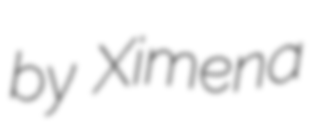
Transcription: by Ximena